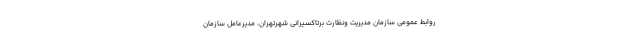
روابط عمومی سازمان مدیریت ونظارت برتاکسیرانی شهرتهران، مدیرعامل سازمان